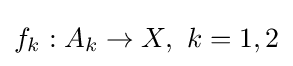
{\textstyle f_{k}:A_{k}\to X,\ k=1,2}